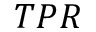
T P R